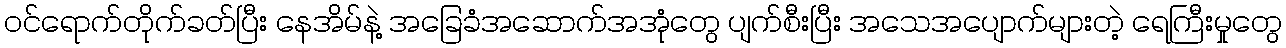
ဝင်ရောက်တိုက်ခတ်ပြီး နေအိမ်နဲ့ အခြေခံအဆောက်အအုံတွေ ပျက်စီးပြီး အသေအပျောက်များတဲ့ ရေကြီးမှုတွေ